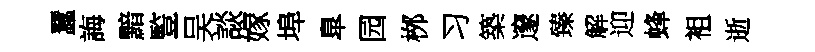
蠶誨黯䜿吴談嫁埠臯园桞习築邃臻解迎蜂袓逝